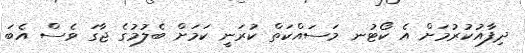
ދިފާއުކުރުމަށް އެ ކޯޓުނ މަސައްކަތް ކުރަނީ ކަމަށް ބެލުމުގެ ޖާގަ ވެސް އެބަ